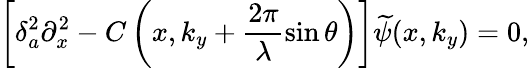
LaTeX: \left[\delta_{a}^{2}\partial_{x}^{2}-C\left(x,k_{y}+\frac{2\pi}{\lambda}\sin\theta\right)\right]\smash{\widetilde{\psi}}(x,k_{y})=0,